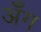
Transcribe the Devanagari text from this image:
अँग